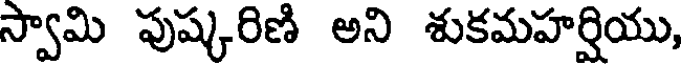
స్వామి పుష్కరిణి అని శుకమహర్షియు,